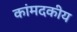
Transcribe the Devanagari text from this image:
कांमदकीय